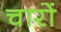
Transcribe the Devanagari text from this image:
चारों